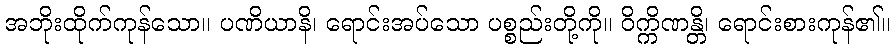
အဘိုးထိုက်ကုန်သော။ ပဏိယာနိ၊ ရောင်းအပ်သော ပစ္စည်းတို့ကို။ ဝိက္ကိဏန္တိ၊ ရောင်းစားကုန်၏။